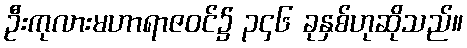
ဦးကုလားမဟာရာဇဝင်၌ ၃၄၆ ခုနှစ်ဟုဆိုသည်။